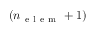
\left( n _ { \mathrm { ~ e ~ l ~ e ~ m ~ } } + 1 \right)